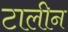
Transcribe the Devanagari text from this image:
टालीन